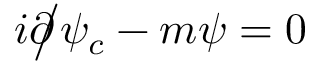
i { \partial \! \! \! { \big / } } \psi _ { c } - m \psi = 0